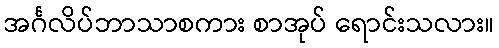
အင်္ဂလိပ်ဘာသာစကား စာအုပ် ရောင်းသလား။